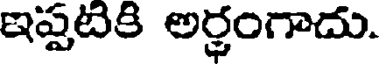
ఇప్పటికి అర్జంగాదు.